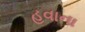
હવાના